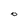
Character: O